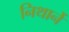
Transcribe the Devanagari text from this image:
निथार्ने